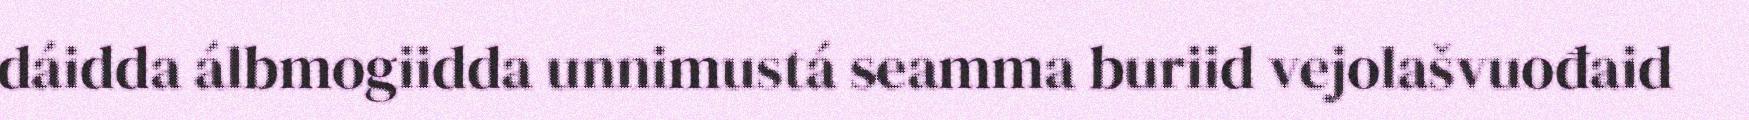
dáidda álbmogiidda unnimustá seamma buriid vejolašvuođaid